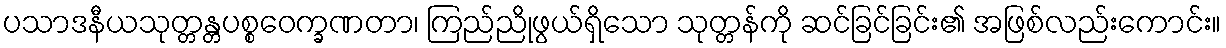
ပသာဒနီယသုတ္တန္တပစ္စဝေက္ခဏတာ၊ ကြည်ညိုဖွယ်ရှိသော သုတ္တန်ကို ဆင်ခြင်ခြင်း၏ အဖြစ်လည်းကောင်း။